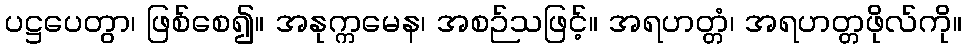
ပဋ္ဌပေတွာ၊ ဖြစ်စေ၍။ အနုက္ကမေန၊ အစဉ်သဖြင့်။ အရဟတ္တံ၊ အရဟတ္တဖိုလ်ကို။